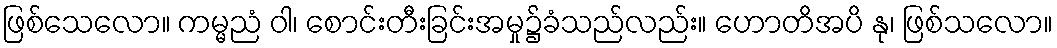
ဖြစ်သေလော။ ကမ္မညံ ဝါ၊ စောင်းတီးခြင်းအမှု၌ခံသည်လည်း။ ဟောတိအပိ နု၊ ဖြစ်သလော။